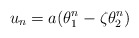
\begin{align*} u_n=a(\theta_1^n-\zeta\theta_2^n)\end{align*}